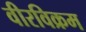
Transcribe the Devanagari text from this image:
वीरविक्रम